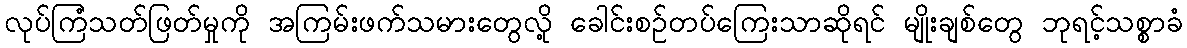
လုပ်ကြံသတ်ဖြတ်မှုကို အကြမ်းဖက်သမားတွေလို့ ခေါင်းစဉ်တပ်ကြေးသာဆိုရင် မျိုးချစ်တွေ ဘုရင့်သစ္စာခံ